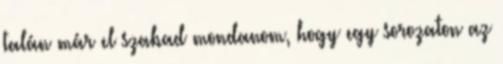
talán már el szabad mondanom, hogy egy sorozaton az